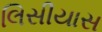
લિસીયાસ